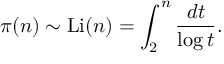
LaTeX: \pi ( n ) \sim \operatorname { L i } ( n ) = \int _ { 2 } ^ { n } { \frac { d t } { \log t } } .